Reports on dispensaries and lunatic asylums in the Province of Oudh - 1869-1876
Year: 1869
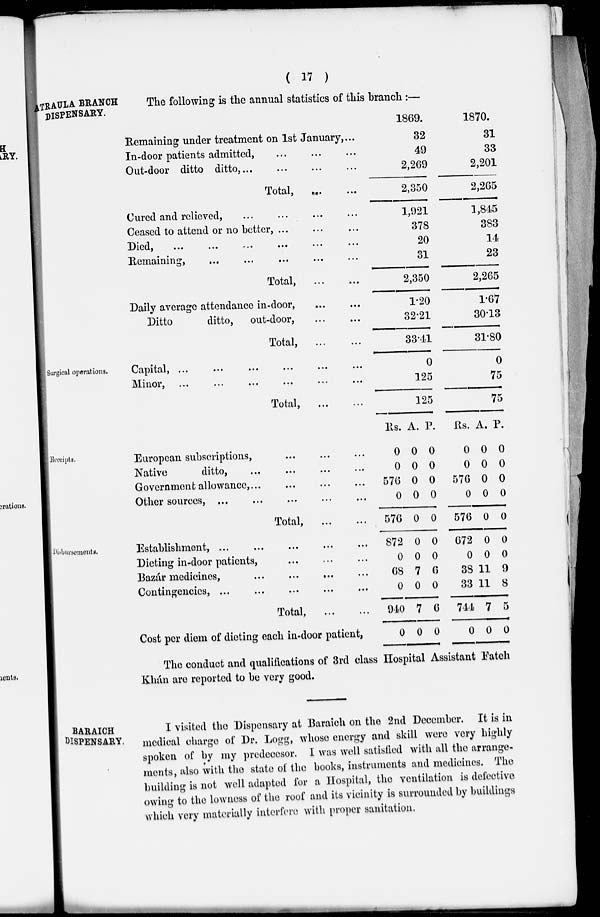
( 17 )
TRAULA BRANCH
DISPENSARY.
The following is the annual statistics of this branch :—
Remaining under treatment on 1st January, ...
In-door patients admitted, ... ... ...
Out-door ditto ditto, ... ... ...
Total,
...
...
Cured and relieved, ... ... ... ...
Ceased to attend or no better, ... ... ...
Died,
...
...
...
...
...
...
Remaining,
... ... ... ... ...
Total,
...
...
Daily average attendance in-door,
...
...
Ditto
ditto,
out-door, ... ...
Total, ... ...
1869.
32
49
2,269
2,350
1,921
378
20
31
2,350
1.20
32.21
33.41
1870.
31
33
2,201
2,265
1,845
383
14
23
2,265
1.67
30.13
31.80
Surgical operations.
Capital,
...
...
...
...
...
...
Minor,
...
...
...
...
...
...
Total,
...
...
0
125
125
0
75
75
Receipts.
European subscriptions, ... ... ...
Native
ditto, ... ... ... ...
Government allowance, ...
...
...
...
Other sources, ...
...
...
...
...
Total,
...
...
Rs.
0
0
576
0
576
A.
0
0
0
0
0
P.
0
0
0
0
0
Rs.
0
0
576
0
576
A.
0
0
0
0
0
P.
0
0
0
0
0
Disbursements.
Establishment, ... ... ... ... ...
Dieting in-door patients, ... ... ...
Bazár medicines, ... ... ... ...
Contingencies,
...
...
...
...
...
Total,
...
...
Cost per diem of dieting each in-door patient,
872
0
68
0
940
0
0
0
7
0
7
0
0
0
6
0
6
0
672
0
38
33
744
0
0
0
11
11
7
0
0
0
9
8
5
0
The conduct and qualifications of 3rd class Hospital Assistant Fateh
Khán are reported to be very good.
BARAICH
DISPENSARY.
I visited the Dispensary at Baraich on the 2nd December. It is in
medical charge of Dr. Logg, whose energy and skill were very highly
spoken of by my predecesor. I was well satisfied with all the arrange-
ments, also with the state of the books, instruments and medicines. The
building is not well adapted for a Hospital, the ventilation is defective
owing to the lowness of the roof and its vicinity is surrounded by buildings
which very materially interfere with proper sanitation.